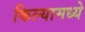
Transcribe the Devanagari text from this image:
किल्यामध्ये